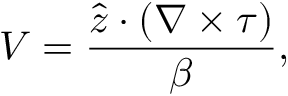
V = \frac { \hat { \boldsymbol { z } } \boldsymbol { \cdot } ( \boldsymbol { \nabla } \times \boldsymbol { \tau } ) } { \beta } ,